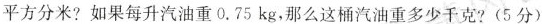
平方分米?如果每升汽油重0.75kg，那么这桶汽油重多少千克?(5分)